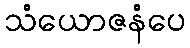
သံယောဇနံပေ